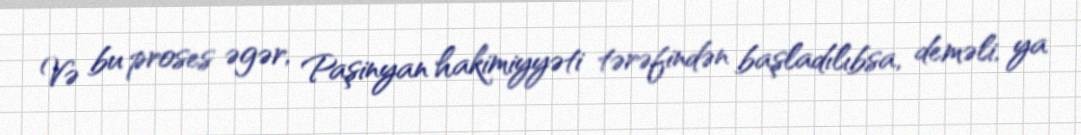
Və bu proses əgər, Paşinyan hakimiyyəti tərəfindən başladılıbsa, deməli, ya